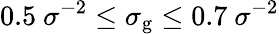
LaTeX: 0.5~\sigma^{-2}\leq\sigma_{\mathrm{g}}\leq 0.7~\sigma^{-2}